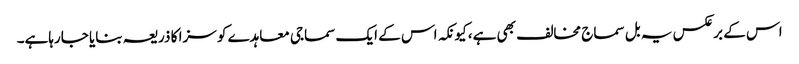
اس کے برعکس یہ بل سماج مخالف بھی ہے، کیونکہ اس کے ایک سماجی معاہدے کو سزا کا ذریعہ بنایا جارہاہے۔